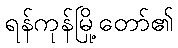
ရန်ကုန်မြို့တော်၏